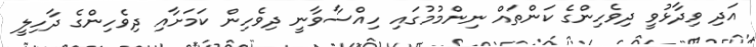
އަދި ވިދާޅުވީ ދިވެހިންގެ ކަންތައް ނިންމުމުގައި ހިއްސާވާނީ ދިވެހިން ކަމަށާއި ދިވެހިންގެ ދާހިލީ